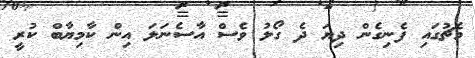
މެޗުގައި ފެނިގެން ދިޔަ ދެ ގޯލު ވެސް އާސެނަލަ އިން ކާމިޔާބް ކުރީ